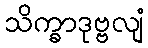
သိက္ခာဒုဗ္ဗလျံ